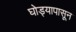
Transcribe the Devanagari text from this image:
घोड्यापासून